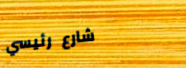
شارع رئيسي